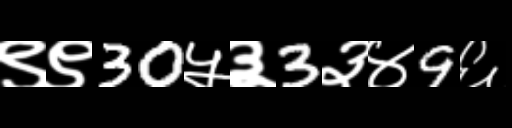
Text: ९९30५३3३४9६